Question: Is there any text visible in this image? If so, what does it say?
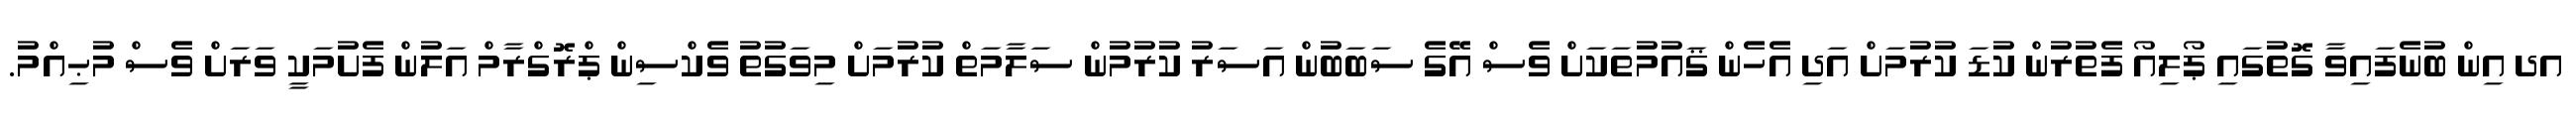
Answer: އދ އިން ބުނެފައިވާ ގޮތުގައި ޕޯލިއޯ ފެތުރުން ކުޑަ ކުރުމަށް އަދި އެހެން ޤައުމުތަކަށް ވެސް އޭގެ ސަބަބުން އަސަރު ކުރުމުން ސަލާމަތް ކުރުމަށް މިވަގުތު ވެކްސިން ޕްރޮގްރާމް އަލުން ފެށުމަކީ ވަރަށް ވެސް މުޙިއްމު.